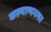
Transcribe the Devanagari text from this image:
कल्याणनगर